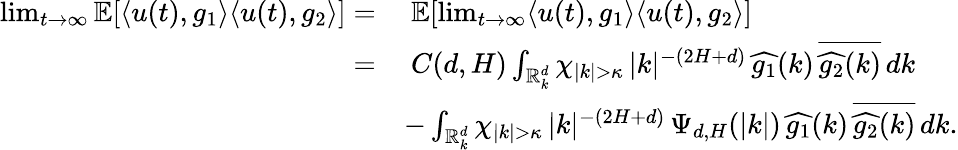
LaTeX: \begin{array}{rl}{\operatorname*{lim}_{t\rightarrow\infty}\mathbb{E}[\langle u(t),g_{1}\rangle{\langle u(t),g_{2}\rangle}]=}&{\ \mathbb{E}[\operatorname*{lim}_{t\rightarrow\infty}\langle u(t),g_{1}\rangle{\langle u(t),g_{2}\rangle}]}\\ {=}&{\ C(d,H)\int_{\mathbb R_{k}^{d}}\chi_{|k|>\kappa}\, |k|^{-(2H+d)}\, \widehat{g_{1}}(k)\, \overline{{\widehat{g_{2}}(k)}}\, dk}\\ &{-\int_{\mathbb R_{k}^{d}}\chi_{|k|>\kappa}\, |k|^{-(2H+d)}\, \Psi_{d,H}(|k|)\, \widehat{g_{1}}(k)\, \overline{{\widehat{g_{2}}(k)}}\, dk.}\end{array}